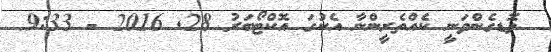
ވޮޑގެންވަނީ ކެއްތެރީންނާ އެކުގަ އޮކްޓޯބަރު 28